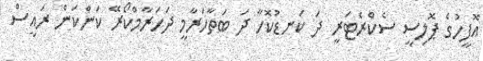
އޮފީހުގެ ޕޮލިސީ ސެކްރެޓަރީ ދަ ކަނޑުކޮހާ ދަ ބަތާހަރާމީ ދަހަރާމްކޯރޭ ކަންކަން ރައީސް